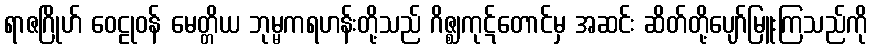
ရာဇဂြိုဟ် ဝေဠုဝန် မေတ္တိယ ဘုမ္မကရဟန်းတို့သည် ဂိဇ္ဈကုဋ်တောင်မှ အဆင်း ဆိတ်တို့ပျော်မြူးကြသည်ကို